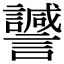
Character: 𧭻